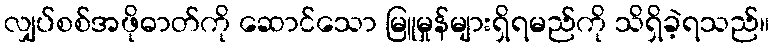
လျှပ်စစ်အဖိုဓာတ်ကို ဆောင်သော မြူမှုန်များရှိရမည်ကို သိရှိခဲ့ရသည်။